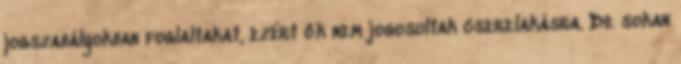
jogszabályokban foglaltakat, ezért ők nem jogosultak cserelakásra. De sokan